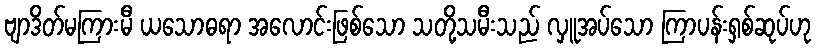
ဗျာဒိတ်မကြားမီ ယသောဓရာ အလောင်းဖြစ်သော သတို့သမီးသည် လှူအပ်သော ကြာပန်းရှစ်ဆုပ်ဟု